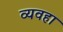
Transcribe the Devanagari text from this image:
व्यवहा